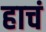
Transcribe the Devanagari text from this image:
हाचं